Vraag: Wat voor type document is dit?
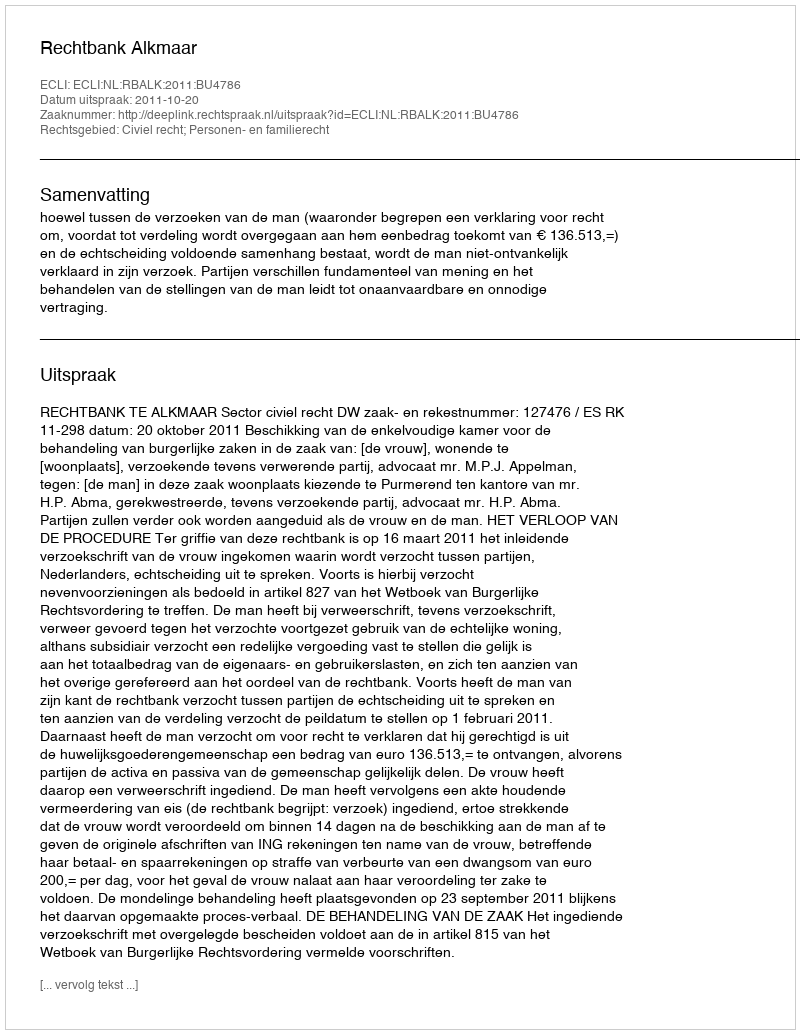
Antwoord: Uitspraak